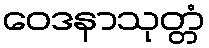
ဝေဒနာသုတ္တံ